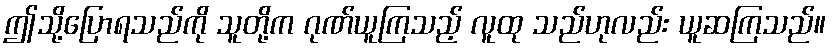
ဤသို့ပြောရသည်ကို သူတို့က ဂုဏ်ယူကြသည့် လူထု သည်ဟုလည်း ယူဆကြသည်။